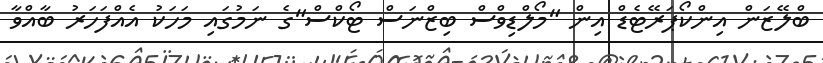
ބްލޭޒަން އިންކޯޕަރޭޓެޑް އިން "މޯލްޑިވްސް ބިޒްނަސް ޓޯކްސް"ގެ ނަމުގައި މަހަކު އެއްފަހަރު ބާއްވާ